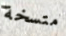
متسخة